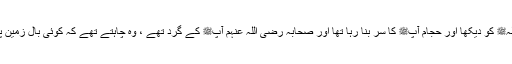
1576: سیدنا انسؓ کہتے ہیں کہ میں نے رسول اللہﷺ کو دیکھا اور حجام آپﷺ کا سر بنا رہا تھا اور صحابہ رضی اللہ عنہم آپﷺ کے گرد تھے ، وہ چاہتے تھے کہ کوئی بال زمین پر نہ گرے بلکہ کسی نہ کسی کے ہاتھ میں گرے۔